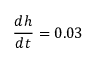
{ \frac { d h } { d t } } = 0 . 0 3